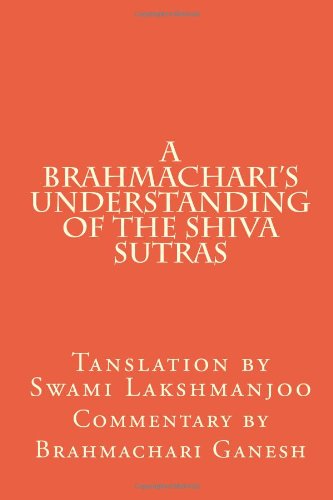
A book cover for A Brahmachari's Understanding of the Shiva Sutras; Sri Brahmachari Ganesh; Religion & Spirituality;